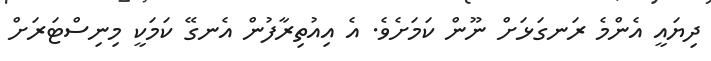
ދިޔައީ އެންމެ ރަނގަޅަށް ނޫން ކަމަށެވެ. އެ އިއުތިރާފުން އެނގޭ ކަމަކީ މިނިސްޓަރަށް